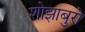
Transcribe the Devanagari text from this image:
शोझाबुरो